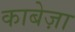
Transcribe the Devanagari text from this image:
काबेज़ा